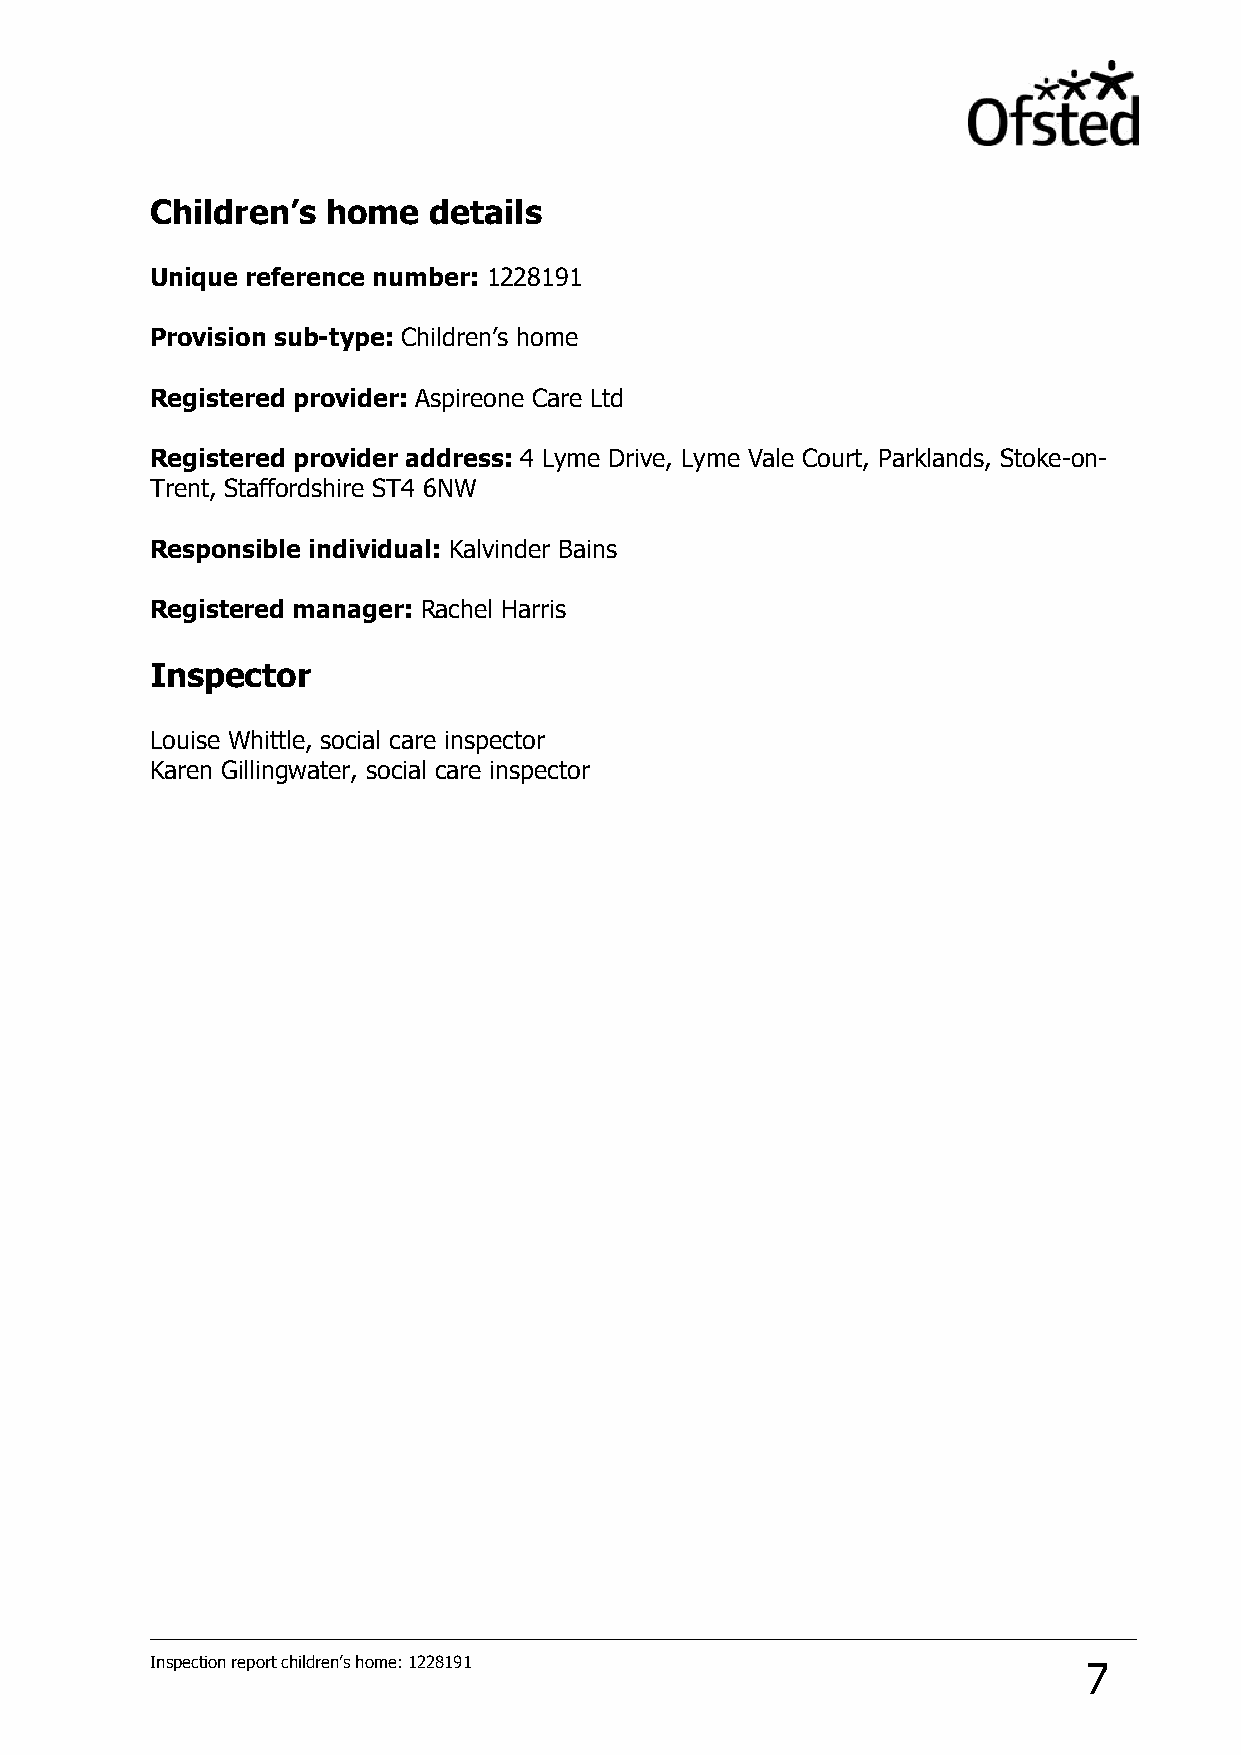
Children’s  home  details
 Unique reference number: 1228191
 Provision sub-type: Children’s home
 Registered provider: Aspireone Care Ltd
 Registered provider address: 4 Lyme Drive, Lyme Vale Court, Parklands, Stoke-on-
 Trent, Staffordshire ST4 6NW
 Responsible individual: Kalvinder Bains
 Registered manager: Rachel Harris
 Inspector
 Louise Whittle, social care inspector
 Karen Gillingwater, social care inspector
 Inspection report children’s home: 1228191                    7